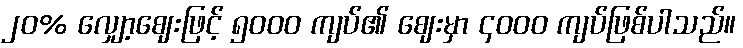
၂၀% လျှော့ဈေးဖြင့် ၅၀၀၀ ကျပ်၏ ဈေးမှာ ၄၀၀၀ ကျပ်ဖြစ်ပါသည်။